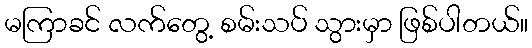
မကြာခင် လက်တွေ့ စမ်းသပ် သွားမှာ ဖြစ်ပါတယ်။